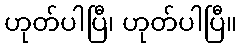
ဟုတ်ပါပြီ၊ ဟုတ်ပါပြီ။